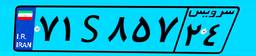
۷۳S۴۶۳۹۳